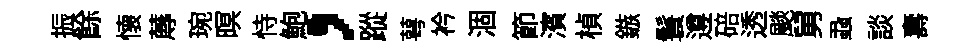
振餘懐蓐琬暝恃鮑，蹤萼衿涸節濱楨鏃鬟遵碚透颷舅蝨談夀